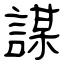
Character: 謀